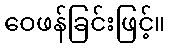
ဝေဖန်ခြင်းဖြင့်။